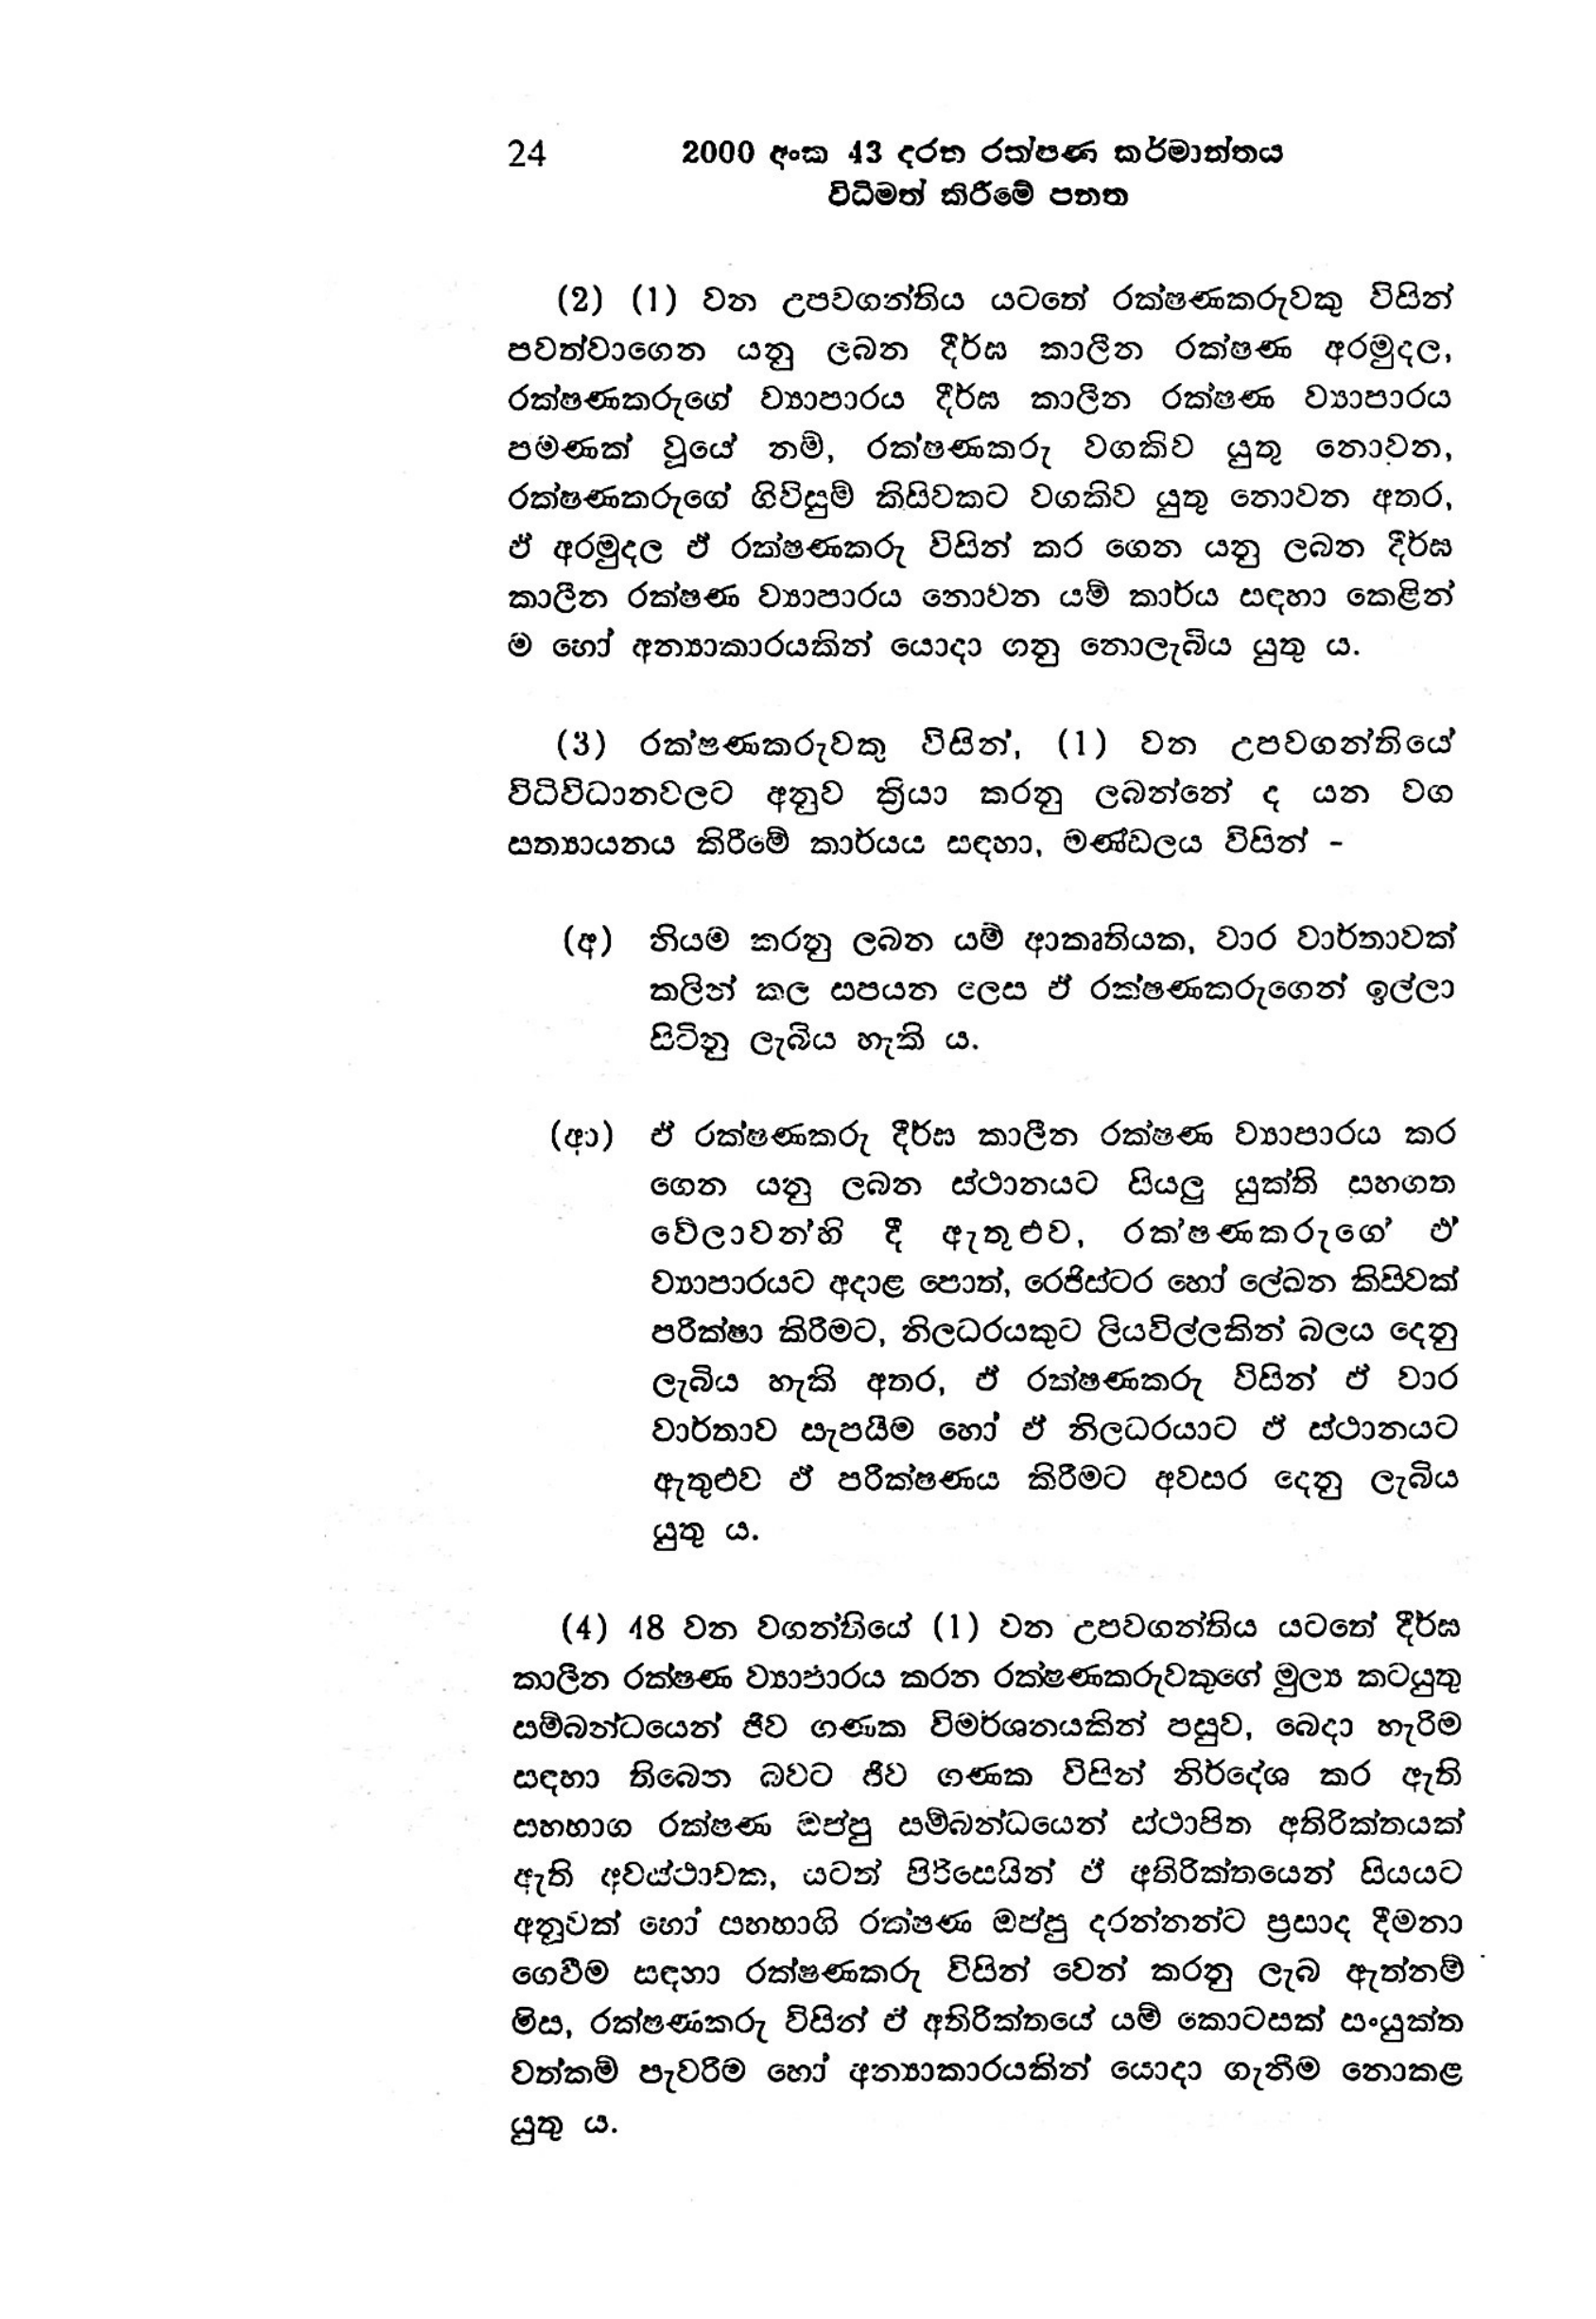
24 2000 අංක 43 දරත රක්ෂණ කර්මාන්තය
විධිමත් කිරීමේ පනත

(2) (1) වන උපවගන්තිය යටතේ රක්ෂණකරුවකු විසින්
පවත්වාගෙන යනු ලබන දීර්ඝ කාලීන රක්ෂණ අරමුදල,
රක්ෂණකරුගේ ව්‍යාපාරය දීර්ඝ කාලීන රක්ෂණ ව්‍යාපාරය
පමණක් වූයේ නම්, රක්ෂණකරු වගකිව යුතු නොවන,
රක්ෂණකරුගේ ගිවිසුම් කිසිවකට වගකිව යුතු නොවන අතර,
ඵ් අරමුදල ඒ රක්ෂණකරු විසින් කර ගෙන යනු ලබන දීර්ඝ
කාලීන රක්ෂණ ව්‍යාපාරය නොවන යම් කාර්ය සඳහා කෙළින්
ම හෝ අන්‍යාකාරයකින් යොදා ගනු නොලැබිය යුතු ය.

(3) රක්ෂණකරුවකු විසින්, (1) වන උපවගන්තියේ
විධිවිධානවලට අනුව ක්‍රියා කරනු ලබන්නේ ද යන වග
සත්‍යායනය කිරීමේ කාර්යය සඳහා, මණ්ඩලය විසින් -

(අ) නියම කරනු ලබන යම් ආකෘතියක, වාර වාර්තාවක්
කලින් කල සපයන ලෙස ඒ රක්ෂණකරුගෙන් ඉල්ලා
සිටිනු ලැබිය හැකි ය.

(ආ) ඒ රක්ෂණකරු දීර්ඝ කාලීන රක්ෂණ ව්‍යාපාරය කර
ගෙන යනු ලබන ස්ථානයට සියලු යුක්ති සහගත
වේලාවන්හි දී ඇතුළුව, රක්ෂණකරුගේ එ
ව්‍යාපාරයට අදාළ පොත්, රෙජිස්ටර හෝ ලේඛන කිසිවක්
පරික්ෂා කිරීමට, නිලධරයකුට ලියවිල්ලකින් බලය දෙනු
ලැබිය හැකි අතර, ඵ් රක්ෂණකරු විසින් ඒ වාර
වාර්තාව සැපයීම හෝ ඒ නිලධරයාට ඵ් ස්ථානයට
ඇතුළුව ඵ් පරීක්ෂණය කිරීමට අවසර දෙනු ලැබිය
යුතු ය.

(4) 48 වන වගන්තියේ (1) වන උපවගන්තිය යටතේ දීර්ඝ
කාලීන රක්ෂණ ව්‍යාපාරය කරන රක්ෂණකරුවකුගේ මුල්‍ය කටයුතු
සම්බන්ධයෙන් ජිට ගණක විමර්ශනයකින් පසුව, බෙදා හැරිම
සඳහා තිබෙන බවට ජිව ගණක විසින් නිර්දේශ කර ඇති
සහභාග රක්ෂණ ඔප්පු සම්බන්ධයෙන් ස්ථාපිත අතිරික්තයක්
ඇති අවස්ථාවක, යටත් පිරිසෙයින් ඒ අතිරික්තයෙන් සියයට
අනූවක් හෝ සහහාගි රක්ෂණ ඔප්පු දරන්නන්ට ප්‍රසාද දීමනා
ගෙවීම සඳහා රක්ෂණකරු විසින් වෙන් කරනු ලැබ ඇත්නම්
මිස, රක්ෂණකරු විසින් ඒ අතිරික්තයේ යම් කොටසක් සංයුක්ත
වත්කම පැවරීම හෝ අන්‍යාකාරයකින් යොදා ගැනීම නොකළ
යුතු ය.